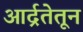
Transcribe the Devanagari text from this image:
आर्द्रतेतून